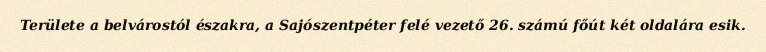
Területe a belvárostól északra, a Sajószentpéter felé vezető 26. számú főút két oldalára esik.